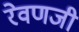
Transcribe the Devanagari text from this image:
रेवणजी